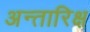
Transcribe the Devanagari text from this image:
अन्तारिक्ष